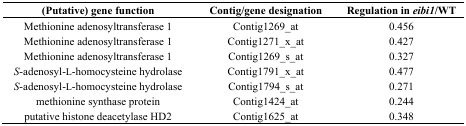
| (Putative) gene function | Contig/gene designation | Regulation in eibi1/WT |
 | --- | --- | --- |
 | Methionine adenosyltransferase 1 | Contig1269_at | 0.456 |
 | Methionine adenosyltransferase 1 | Contig1271_x_at | 0.427 |
 | Methionine adenosyltransferase 1 | Contig1269_s_at | 0.327 |
 | S-adenosyl-L-homocysteine hydrolase | Contig1791_x_at | 0.477 |
 | S-adenosyl-L-homocysteine hydrolase | Contig1794_s_at | 0.271 |
 | methionine synthase protein | Contig1424_at | 0.244 |
 | putative histone deacetylase HD2 | Contig1625_at | 0.348 |